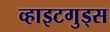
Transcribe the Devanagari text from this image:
व्हाइटगुड्स